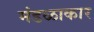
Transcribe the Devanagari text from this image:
मंडळाकार